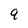
Character: 9